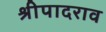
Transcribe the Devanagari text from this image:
श्रीपादराव